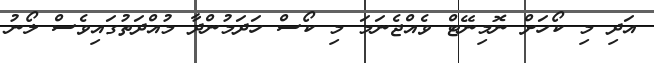
އަދި މި ކޯހަށް ނޮމިނޭޓް ވެއްޖެނަމަ މި ކޯސް ހަދަމުންދާ މުއްދަތުގައިވެސް ލޯނު